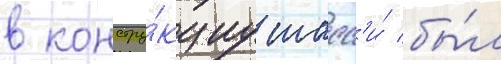
в констру́кциу шасс'и́ бы́л